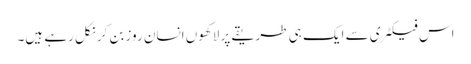
اس فیکٹری سے ایک ہی طریقے پر لاکھوں انسان روز بن کر نکل رہے ہیں۔